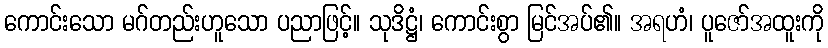
ကောင်းသော မဂ်တည်းဟူသော ပညာဖြင့်။ သုဒိဋ္ဌံ၊ ကောင်းစွာ မြင်အပ်၏။ အရဟံ၊ ပူဇော်အထူးကို